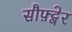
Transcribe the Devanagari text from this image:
सौफ़्ट्वेर